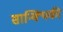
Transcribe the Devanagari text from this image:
सान्क्यिकी